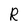
Character: R